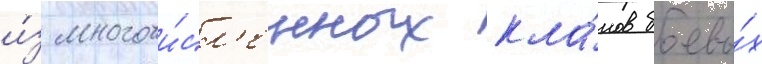
и́з многочи́сл'енных кла́нов боевы́х